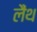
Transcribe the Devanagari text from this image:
लैंथ